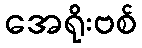
အေရိုးဗစ်